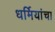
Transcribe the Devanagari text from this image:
धर्मियांचा